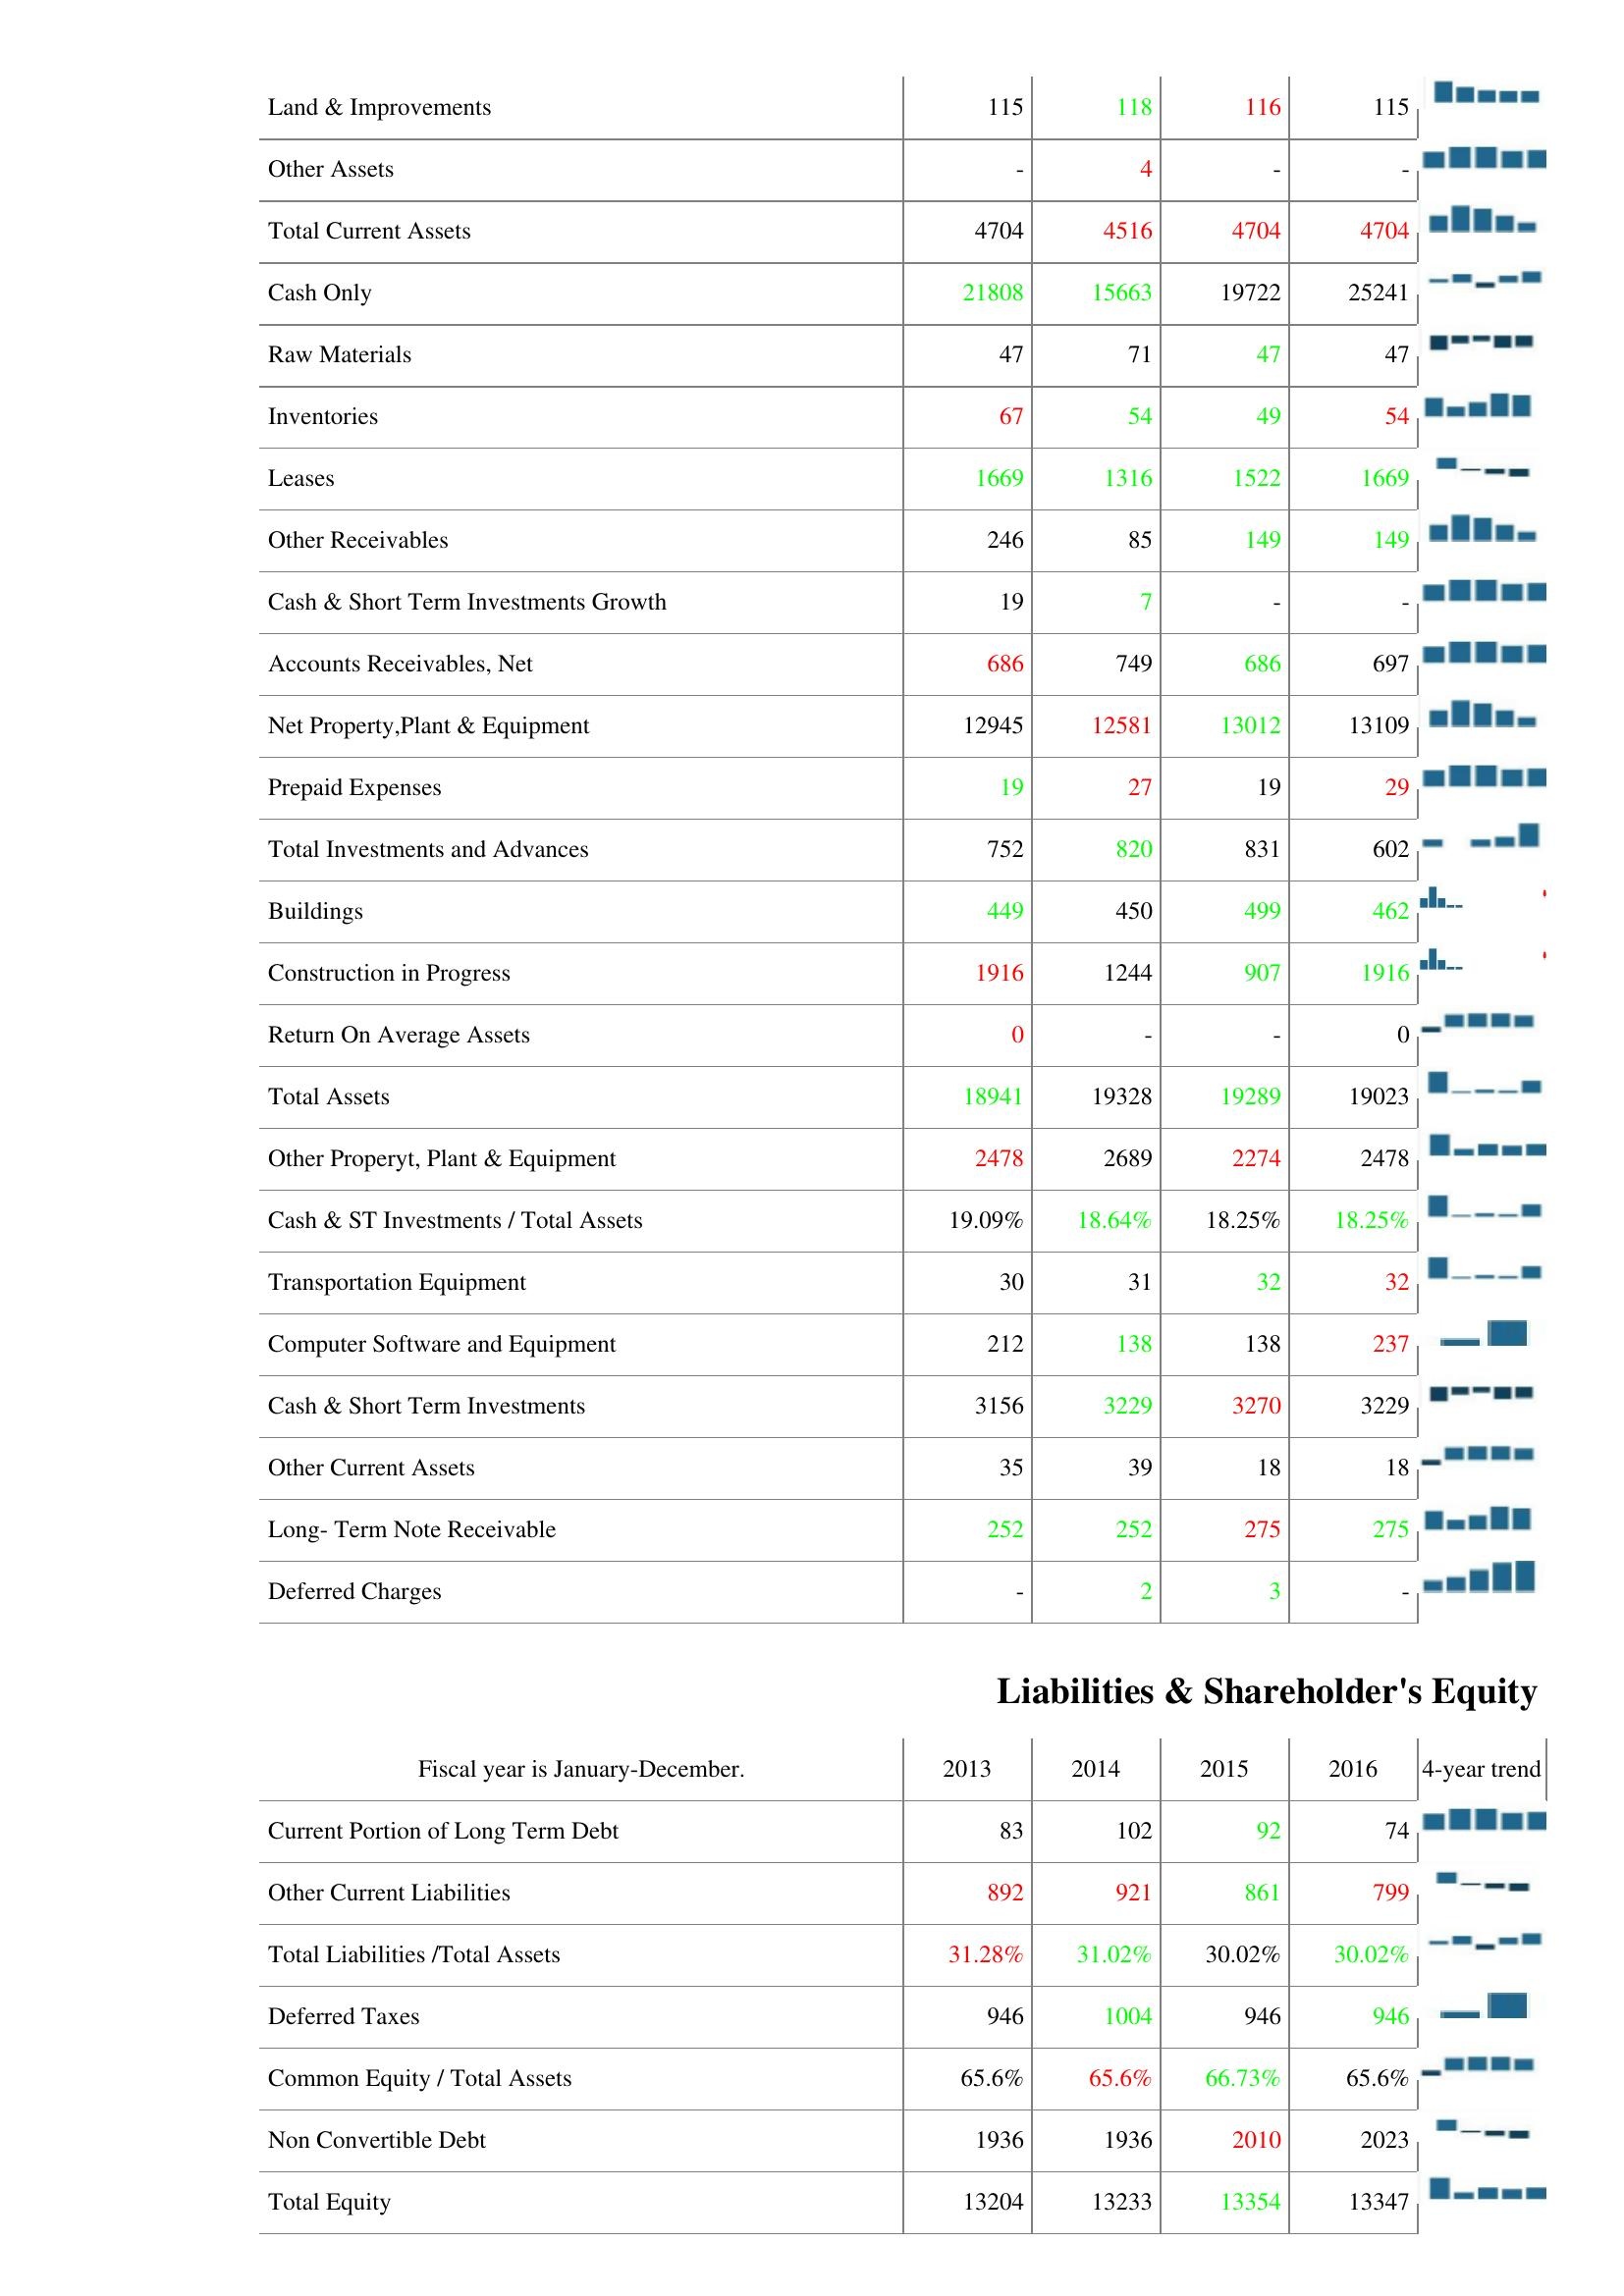
2013: Assets: Land & Improvements: 115
Other Assets: -
Total Current Assets: 4704
Cash Only: 21808
Raw Materials: 47
Inventories: 67
Leases: 1669
Other Receivables: 246
Cash & Short Term Investments Growth: 19
Accounts Receivables, Net: 686
Net Property,Plant & Equipment: 12945
Prepaid Expenses: 19
Total Investments and Advances: 752
Buildings: 449
Construction in Progress: 1916
Return On Average Assets: 0
Total Assets: 18941
Other Properyt, Plant & Equipment: 2478
Cash & ST Investments / Total Assets: 19.09%
Transportation Equipment: 30
Computer Software and Equipment: 212
Cash & Short Term Investments: 3156
Other Current Assets: 35
Long- Term Note Receivable: 252
Deferred Charges: -
Liabilities & Shareholder's Equity: Current Portion of Long Term Debt: 83
Other Current Liabilities: 892
Total Liabilities /Total Assets: 31.28%
Deferred Taxes: 946
Common Equity / Total Assets: 65.6%
Non Convertible Debt: 1936
Total Equity: 13204
2014: Assets: Land & Improvements: 118
Other Assets: 4
Total Current Assets: 4516
Cash Only: 15663
Raw Materials: 71
Inventories: 54
Leases: 1316
Other Receivables: 85
Cash & Short Term Investments Growth: 7
Accounts Receivables, Net: 749
Net Property,Plant & Equipment: 12581
Prepaid Expenses: 27
Total Investments and Advances: 820
Buildings: 450
Construction in Progress: 1244
Return On Average Assets: -
Total Assets: 19328
Other Properyt, Plant & Equipment: 2689
Cash & ST Investments / Total Assets: 18.64%
Transportation Equipment: 31
Computer Software and Equipment: 138
Cash & Short Term Investments: 3229
Other Current Assets: 39
Long- Term Note Receivable: 252
Deferred Charges: 2
Liabilities & Shareholder's Equity: Current Portion of Long Term Debt: 102
Other Current Liabilities: 921
Total Liabilities /Total Assets: 31.02%
Deferred Taxes: 1004
Common Equity / Total Assets: 65.6%
Non Convertible Debt: 1936
Total Equity: 13233
2015: Assets: Land & Improvements: 116
Other Assets: -
Total Current Assets: 4704
Cash Only: 19722
Raw Materials: 47
Inventories: 49
Leases: 1522
Other Receivables: 149
Cash & Short Term Investments Growth: -
Accounts Receivables, Net: 686
Net Property,Plant & Equipment: 13012
Prepaid Expenses: 19
Total Investments and Advances: 831
Buildings: 499
Construction in Progress: 907
Return On Average Assets: -
Total Assets: 19289
Other Properyt, Plant & Equipment: 2274
Cash & ST Investments / Total Assets: 18.25%
Transportation Equipment: 32
Computer Software and Equipment: 138
Cash & Short Term Investments: 3270
Other Current Assets: 18
Long- Term Note Receivable: 275
Deferred Charges: 3
Liabilities & Shareholder's Equity: Current Portion of Long Term Debt: 92
Other Current Liabilities: 861
Total Liabilities /Total Assets: 30.02%
Deferred Taxes: 946
Common Equity / Total Assets: 66.73%
Non Convertible Debt: 2010
Total Equity: 13354
2016: Assets: Land & Improvements: 115
Other Assets: -
Total Current Assets: 4704
Cash Only: 25241
Raw Materials: 47
Inventories: 54
Leases: 1669
Other Receivables: 149
Cash & Short Term Investments Growth: -
Accounts Receivables, Net: 697
Net Property,Plant & Equipment: 13109
Prepaid Expenses: 29
Total Investments and Advances: 602
Buildings: 462
Construction in Progress: 1916
Return On Average Assets: 0
Total Assets: 19023
Other Properyt, Plant & Equipment: 2478
Cash & ST Investments / Total Assets: 18.25%
Transportation Equipment: 32
Computer Software and Equipment: 237
Cash & Short Term Investments: 3229
Other Current Assets: 18
Long- Term Note Receivable: 275
Deferred Charges: -
Liabilities & Shareholder's Equity: Current Portion of Long Term Debt: 74
Other Current Liabilities: 799
Total Liabilities /Total Assets: 30.02%
Deferred Taxes: 946
Common Equity / Total Assets: 65.6%
Non Convertible Debt: 2023
Total Equity: 13347